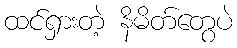
ထင်ရှားတဲ့ နိမိတ်တွေပဲ